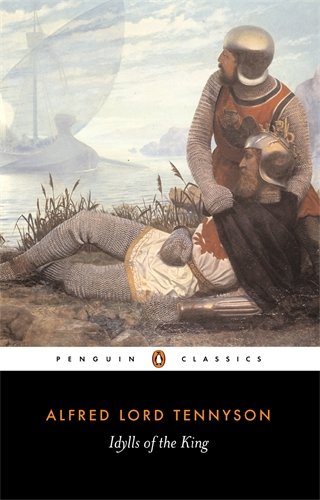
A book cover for Idylls of the King (Penguin Classics); Alfred Tennyson; Literature & Fiction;